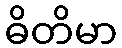
ဓိတိမာ